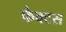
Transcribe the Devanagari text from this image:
फैक्टस